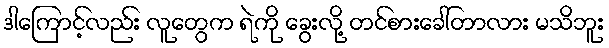
ဒါကြောင့်လည်း လူတွေက ရဲကို ခွေးလို့ တင်စားခေါ်တာလား မသိဘူး